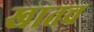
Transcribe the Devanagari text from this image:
खातच